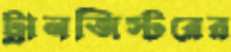
ট্রানজিস্টরের